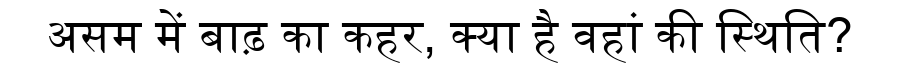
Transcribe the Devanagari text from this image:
असम में बाढ़ का कहर, क्या है वहां की स्थिति?